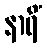
နာရိံ